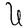
Character: U